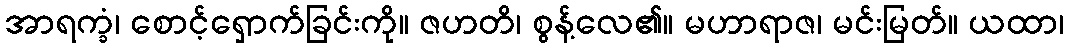
အာရက္ခံ၊ စောင့်ရှောက်ခြင်းကို။ ဇဟတိ၊ စွန့်လေ၏။ မဟာရာဇ၊ မင်းမြတ်။ ယထာ၊